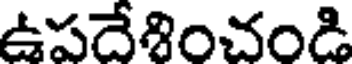
ఉపదేశించండి